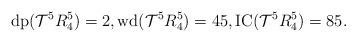
LaTeX: \begin{align*}\mathrm{dp}(\mathcal{T}^5{R_4^5})=2, \mathrm{wd}(\mathcal{T}^5{R_4^5})=45, \mathrm{IC}(\mathcal{T}^5{R_4^5})=85.\end{align*}